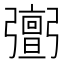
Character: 𢐹